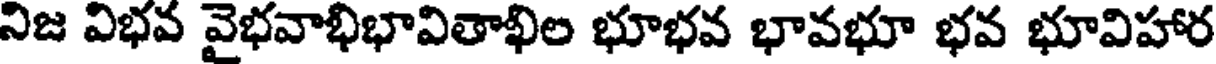
నిజ విభవ వైభవాభిభావితాఖిల భూభవ భావభూ భవ భూవిహార